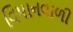
વિમાનવાળી